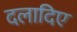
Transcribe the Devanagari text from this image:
दलादिए